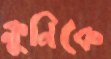
ক্লুনিকে